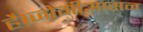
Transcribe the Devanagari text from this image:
है।जोगीआसन